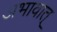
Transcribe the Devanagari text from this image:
अभावात्